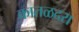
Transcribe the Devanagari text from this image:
कातळदरा